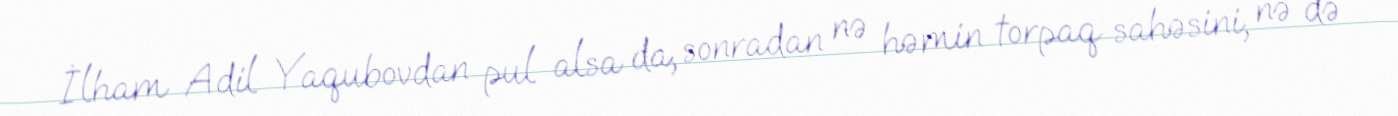
İlham Adil Yaqubovdan pul alsa da, sonradan nə həmin torpaq sahəsini, nə də